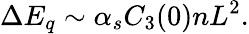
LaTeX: \Delta E_{q}\sim\alpha_{s}C_{3}(0)nL^{2}.